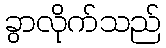
ခွာလိုက်သည်